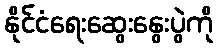
နိုင်ငံရေးဆွေးနွေးပွဲကို